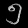
Digit: ၅